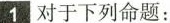
1 对于下列命题：